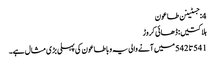
4: جسٹینن طاعون
ہلاکتیں: ڈھائی کروڑ
541 تا 542 میں آنے والی یہ وبا طاعون کی پہلی بڑی مثال ہے۔